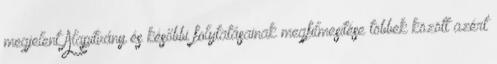
megjelent Alapítvány és későbbi folytatásainak megfilmesítése többek között azért